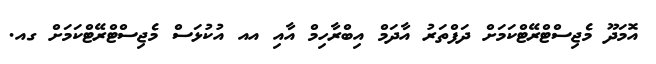
އޮމަދޫ މެޖިސްޓްރޭޓްކަމަށް ދަފްތަރު އާދަމް އިބްރާހިމް އާއި އއ އުކުޅަސް މެޖިސްޓްރޭޓްކަމަށް ގއ.